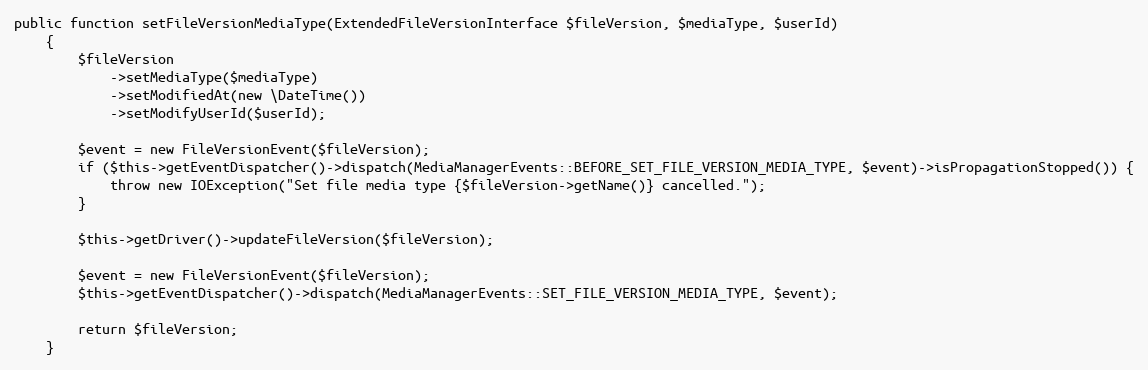
Language: PHP
public function setFileVersionMediaType(ExtendedFileVersionInterface $fileVersion, $mediaType, $userId)
    {
        $fileVersion
            ->setMediaType($mediaType)
            ->setModifiedAt(new \DateTime())
            ->setModifyUserId($userId);

        $event = new FileVersionEvent($fileVersion);
        if ($this->getEventDispatcher()->dispatch(MediaManagerEvents::BEFORE_SET_FILE_VERSION_MEDIA_TYPE, $event)->isPropagationStopped()) {
            throw new IOException("Set file media type {$fileVersion->getName()} cancelled.");
        }

        $this->getDriver()->updateFileVersion($fileVersion);

        $event = new FileVersionEvent($fileVersion);
        $this->getEventDispatcher()->dispatch(MediaManagerEvents::SET_FILE_VERSION_MEDIA_TYPE, $event);

        return $fileVersion;
    }